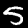
Digit: 5